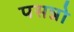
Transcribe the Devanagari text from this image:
पसन्नो